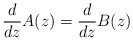
\begin{align*} \frac{d}{dz}A(z) =\frac{d}{dz}B(z) \end{align*}